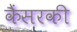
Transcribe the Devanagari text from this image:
कैंसरकी